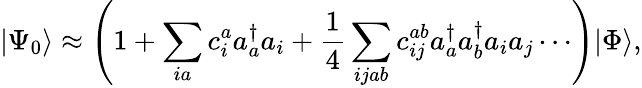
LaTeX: |\Psi_{0}\rangle\approx\left(1+\sum_{ia}c_{i}^{a}a_{a}^{\dagger}a_{i}+\frac{1}{4}\sum_{ijab}c_{ij}^{ab}a_{a}^{\dagger}a_{b}^{\dagger}a_{i}a_{j}\cdots\right)|\Phi\rangle,